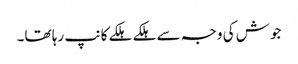
جوش کی وجہ سے ہلکے ہلکے کانپ رہا تھا۔